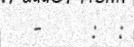
-     :  :